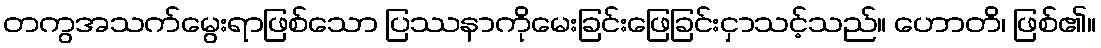
တကွအသက်မွေးရာဖြစ်သော ပြဿနာကိုမေးခြင်းဖြေခြင်းငှာသင့်သည်။ ဟောတိ၊ ဖြစ်၏။